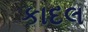
કાદલ